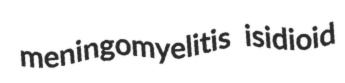
meningomyelitis isidioid